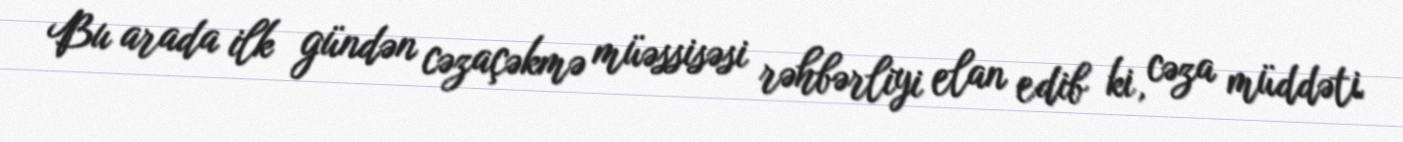
Bu arada ilk gündən cəzaçəkmə müəssisəsi rəhbərliyi elan edib ki, cəza müddəti